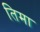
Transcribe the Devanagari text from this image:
तिमा